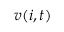
v ( i , t )